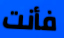
فأنت